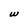
Character: W